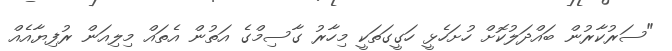
"ސަރުކާރުން ބައްދަލުކޮށް ހުށަހެޅީ ހަގީގަތަކީ މިހާރު ގާސިމްގެ އަތުން އެތައް މިލިއަން ރުފިޔާއެއް